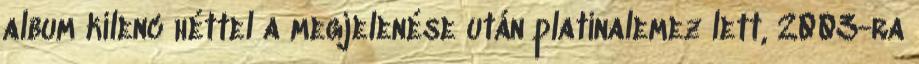
album kilenc héttel a megjelenése után platinalemez lett, 2003-ra